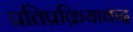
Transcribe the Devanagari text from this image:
प्रतिप्रक्रियावाद